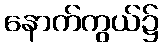
နောက်ကွယ်၌